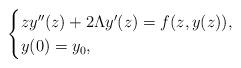
LaTeX: \begin{align*}\begin{cases}zy''(z)+2\Lambda y'(z)=f(z,y(z)), \\y(0)=y_0,\end{cases}\end{align*}